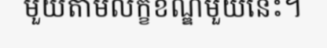
មួយតាមលក្ខខណ្ឌមួយនេះ។